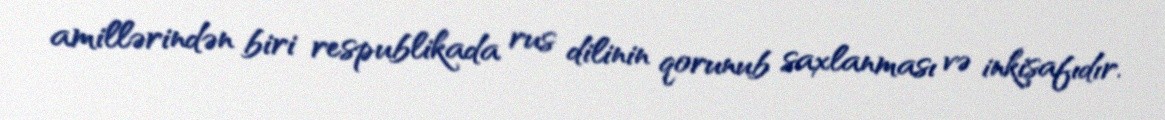
amillərindən biri respublikada rus dilinin qorunub saxlanması və inkişafıdır.